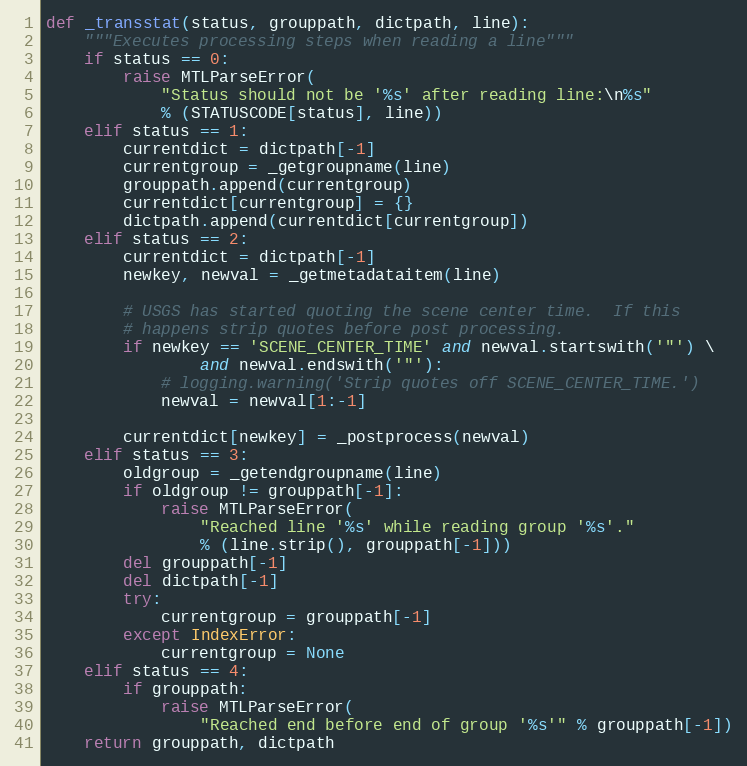
Language: Python
def _transstat(status, grouppath, dictpath, line):
    """Executes processing steps when reading a line"""
    if status == 0:
        raise MTLParseError(
            "Status should not be '%s' after reading line:\n%s"
            % (STATUSCODE[status], line))
    elif status == 1:
        currentdict = dictpath[-1]
        currentgroup = _getgroupname(line)
        grouppath.append(currentgroup)
        currentdict[currentgroup] = {}
        dictpath.append(currentdict[currentgroup])
    elif status == 2:
        currentdict = dictpath[-1]
        newkey, newval = _getmetadataitem(line)

        # USGS has started quoting the scene center time.  If this
        # happens strip quotes before post processing.
        if newkey == 'SCENE_CENTER_TIME' and newval.startswith('"') \
                and newval.endswith('"'):
            # logging.warning('Strip quotes off SCENE_CENTER_TIME.')
            newval = newval[1:-1]

        currentdict[newkey] = _postprocess(newval)
    elif status == 3:
        oldgroup = _getendgroupname(line)
        if oldgroup != grouppath[-1]:
            raise MTLParseError(
                "Reached line '%s' while reading group '%s'."
                % (line.strip(), grouppath[-1]))
        del grouppath[-1]
        del dictpath[-1]
        try:
            currentgroup = grouppath[-1]
        except IndexError:
            currentgroup = None
    elif status == 4:
        if grouppath:
            raise MTLParseError(
                "Reached end before end of group '%s'" % grouppath[-1])
    return grouppath, dictpath